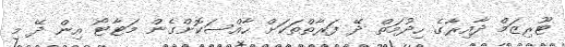
ޓޫރިޒަމް ދާއިރާގެ ހިދުމަތް ދޭ ފަރާތްތަކަށް ހާއްސަކޮށްގެން މަޓާޓޯ އިން ދޭ މި